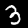
Label: 3